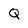
Character: Q